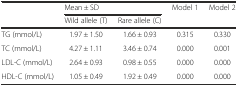
| <ROWSPAN=2>  | <COLSPAN=2> Mean ± SD | Model 1 | Model 2 |
 | Wild allele (T) | Rare allele (C) |  |  |
 | --- | --- | --- | --- | --- |
 | TG (mmol/L) | 1.97 ± 1.50 | 1.66 ± 0.93 | 0.315 | 0.330 |
 | TC (mmol/L) | 4.27 ± 1.11 | 3.46 ± 0.74 | 0.000 | 0.001 |
 | LDL-C (mmol/L) | 2.64 ± 0.93 | 0.98 ± 0.55 | 0.000 | 0.000 |
 | HDL-C (mmol/L) | 1.05 ± 0.49 | 1.92 ± 0.49 | 0.000 | 0.000 |